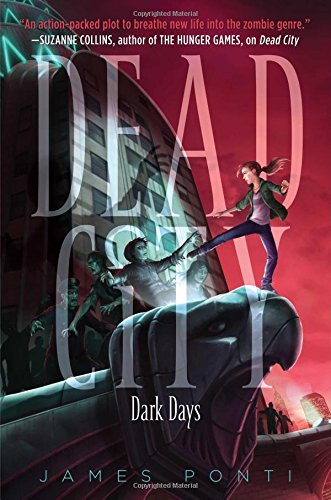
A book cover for Dark Days (Dead City); James Ponti; Children's Books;